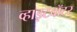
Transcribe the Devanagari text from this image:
व्हाइटवॉटर